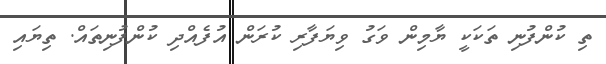
ތި ކުންފުނި ތަކަކީ ޔާމިން ވަގު ވިޔަފާރި ކުރަން އުުފެއްދި ކުންފުނިތައް. ތިޔައި